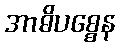
အာဓိပစ္စေန